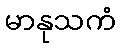
မာနုသကံ